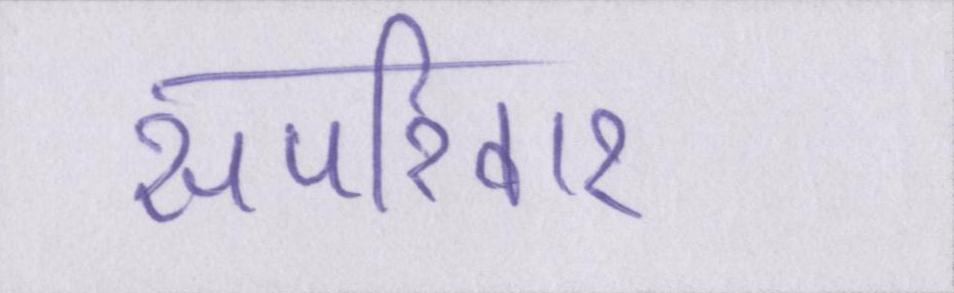
सपरिवार